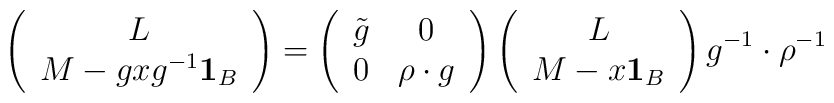
\left(\begin{array}{c}L\\M-gxg^{-1}{\bf 1}_B\end{array}\right)=\left(\begin{array}{cc} \tilde{g}&0\\0& \rho\cdot g \end{array}\right)  \left(\begin{array}{c}L\\M-x{\bf 1}_B\end{array}\right) g^{-1}\cdot  \rho^{-1}